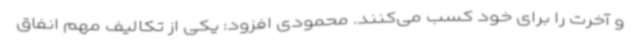
و آخرت را برای خود کسب می‌کنند. محمودی افزود: یکی از تکالیف مهم انفاق